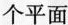
个平面